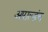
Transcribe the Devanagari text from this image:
आराल्डंच